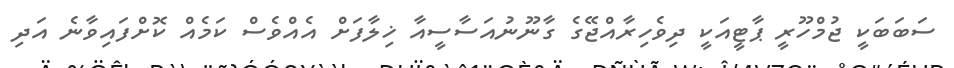
ސަބަބަކީ ޖުމްހޫރީ ޕާޓީއަކީ ދިވެހިރާއްޖޭގެ ގާނޫނުއަސާސީއާ ޚިލާފަށް އެއްވެސް ކަމެއް ކޮށްފައިވާނެ އަދި